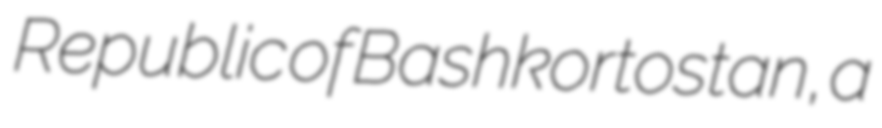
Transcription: Republic of Bashkortostan, a